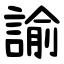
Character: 諭